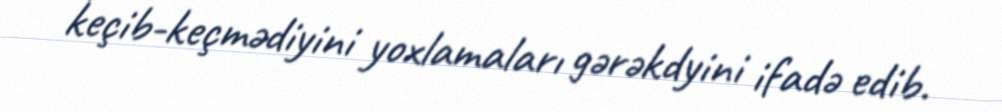
keçib-keçmədiyini yoxlamaları gərəkdyini ifadə edib.